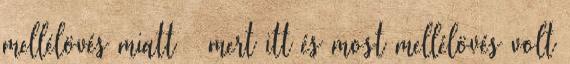
mellélövés miatt – mert itt és most mellélövés volt